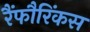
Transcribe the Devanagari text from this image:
रैंफौरिंकस